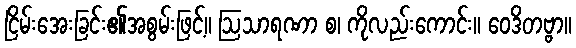
ငြိမ်းအေးခြင်း၏အစွမ်းဖြင့်။ ဩသာရဏာ စ၊ ကိုလည်းကောင်း။ ဝေဒိတဗ္ဗာ။